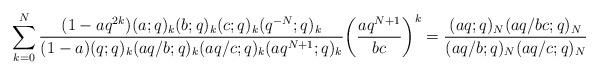
LaTeX: \begin{align*}\sum_{k=0}^N\frac{(1-aq^{2k})(a;q)_k(b;q)_k(c;q)_k(q^{-N};q)_k}{(1-a)(q;q)_k(aq/b;q)_k(aq/c;q)_k(aq^{N+1};q)_k}\biggl(\frac{aq^{N+1}}{bc}\biggr)^k=\frac{(aq;q)_N (aq/bc;q)_N}{(aq/b;q)_N(aq/c;q)_N}\end{align*}